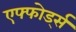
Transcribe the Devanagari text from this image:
एफ्फोर्ड्स